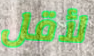
لأقل